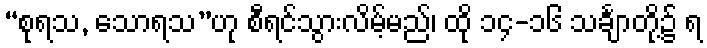
“စုရသ, သောရသ”ဟု စီရင်သွားလိမ့်မည်၊ ထို ၁၄-၁၆ သင်္ချာတို့၌ ရ